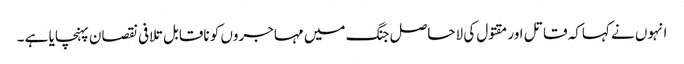
انہوں نے کہاکہ قاتل اور مقتول کی لاحاصل جنگ میں مہاجروں کو ناقابل تلافی نقصان پہنچایا ہے ۔